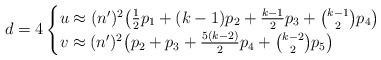
LaTeX: \begin{align*} d=4 \begin{cases} u \approx (n^{\prime})^2\big(\frac{1}{2} p_1 + (k-1)p_2 + \frac{k-1}{2} p_3 + \binom{k-1}{2} p_4\big) \\ v \approx (n^{\prime})^2\big( p_2 + p_3 + \frac{5(k-2)}{2} p_4 + \binom{k-2}{2} p_5\big) \end{cases}\end{align*}